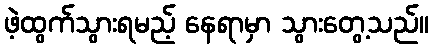
ဖဲ့ထွက်သွားရမည့် နေရာမှာ သွားတွေ့သည်။